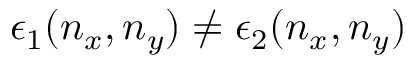
\epsilon _ { 1 } ( n _ { x } , n _ { y } ) \neq \epsilon _ { 2 } ( n _ { x } , n _ { y } )